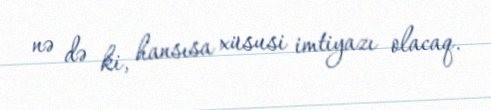
nə də ki, hansısa xüsusi imtiyazı olacaq.